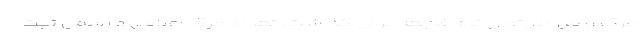
مرگ و میر می‌توان نام فاجعه بر آن گذاشت. تعداد مرگ اعلامی و رسمی ثبت